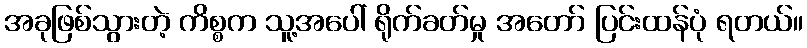
အခုဖြစ်သွားတဲ့ ကိစ္စက သူ့အပေါ် ရိုက်ခတ်မှု အတော် ပြင်းထန်ပုံ ရတယ်။